Document type: Sale
Year: 1235
Scribe: Pere de Bages
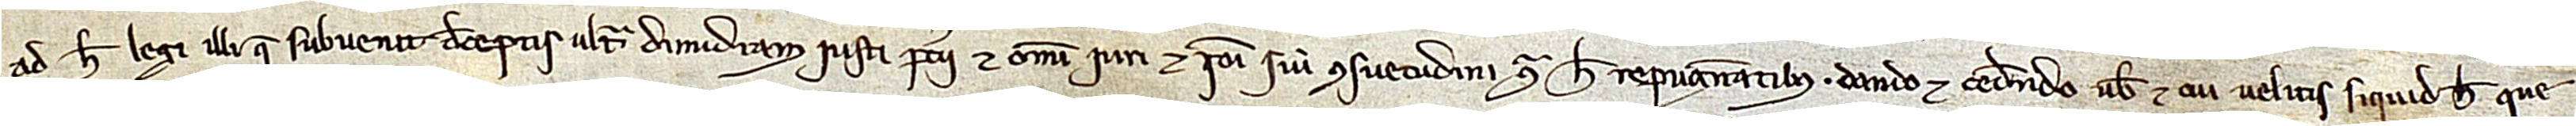
ad hec legi illi que subvenit deceptis ultra dimidiam iusti precii et omni iuri et rationi sive consuetudini contra hec repugnantibus, dando et cedendo vobis et cui velitis siquid hec que